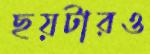
ছয়টারও